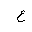
Letter: _ayn